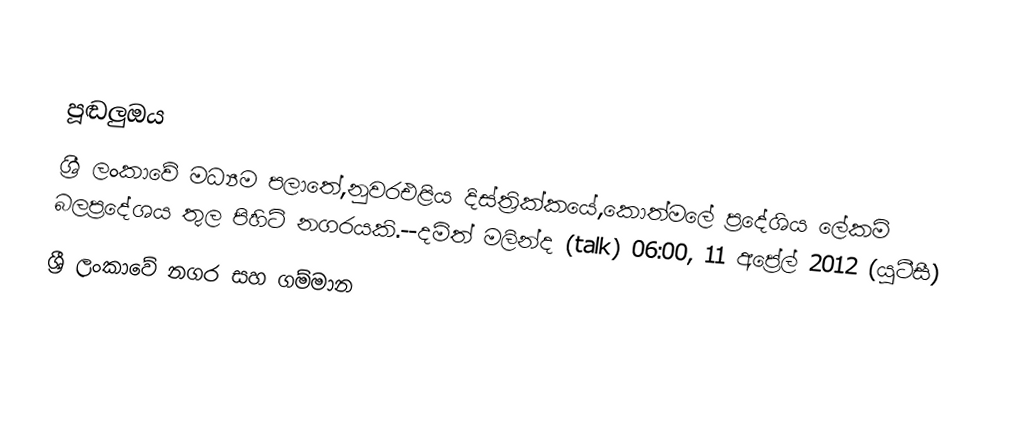

පූඬලුඔය
ශ්‍රී ලංකාවේ මධ්‍යම පලාතේ,නුවරඑළිය දිස්ත්‍රික්කයේ,කොත්මලේ ප්‍රදේශිය ලේකමි බලප්‍රදේශය තුල පිහිටි නගරයකි.--දමිත් මලින්ද (talk) 06:00, 11 අප්‍රේල් 2012 (යූටීසී)
ශ්‍රී ලංකාවේ නගර සහ ගම්මාන